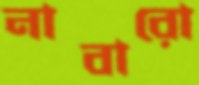
নাবারো